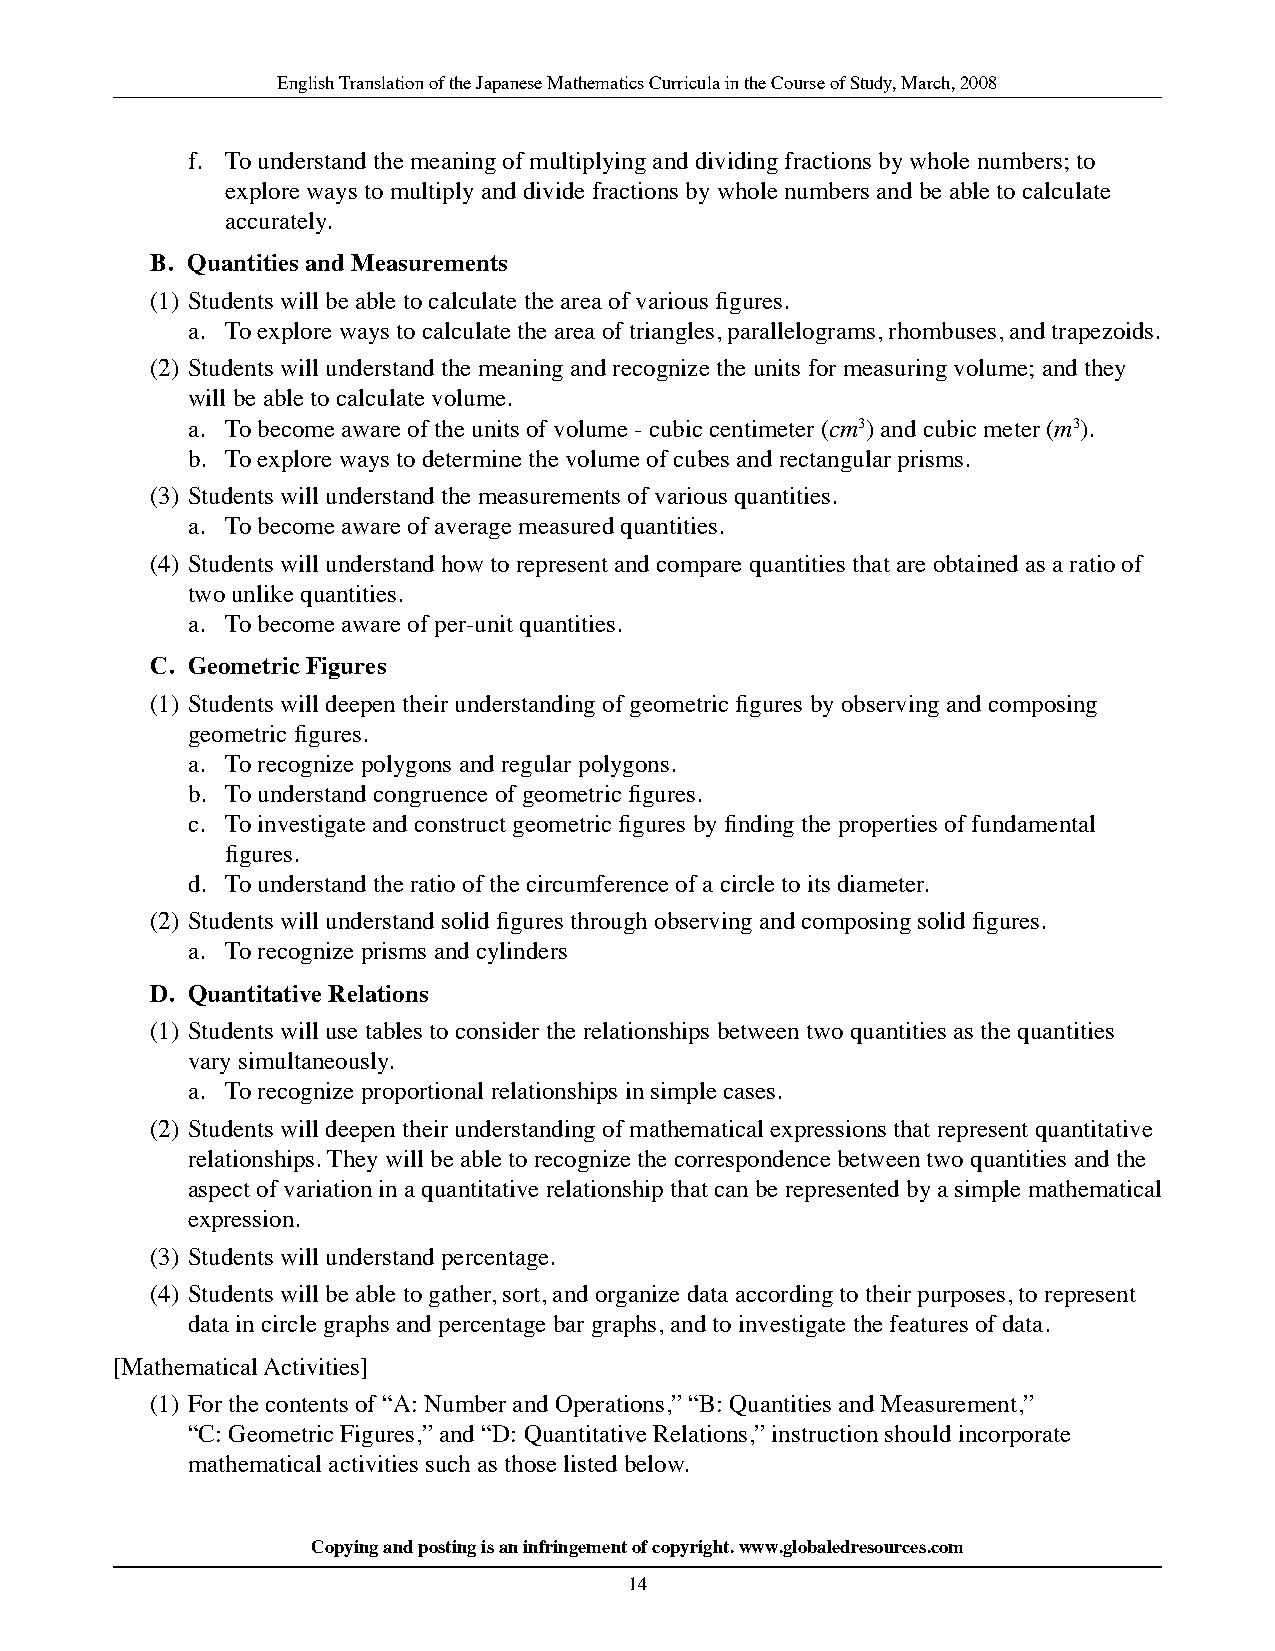
English Translation of the Japanese Mathematics Curricula in the Course of Study, March, 2008
 f. To understand the meaning of multiplying and dividing fractions by whole numbers; to
 explore ways to multiply and divide fractions by whole numbers and be able to calculate
 accurately.
 b. quantities and Measurements
 (1) Students will be able to calculate the area of various figures.
 a. To explore ways to calculate the area of triangles, parallelograms, rhombuses, and trapezoids.
 (2) Students will understand the meaning and recognize the units for measuring volume; and they
 will be able to calculate volume.
 a. To become aware of the units of volume - cubic centimeter (cm3) and cubic meter (m3).
 b. To explore ways to determine the volume of cubes and rectangular prisms.
 (3) Students will understand the measurements of various quantities.
 a. To become aware of average measured quantities.
 (4) Students will understand how to represent and compare quantities that are obtained as a ratio of
 two unlike quantities.
 a. To become aware of per-unit quantities.
 C. Geometric figures
 (1) Students will deepen their understanding of geometric figures by observing and composing
 geometric figures.
 a. To recognize polygons and regular polygons.
 b. To understand congruence of geometric figures.
 c. To investigate and construct geometric figures by finding the properties of fundamental
 figures.
 d. To understand the ratio of the circumference of a circle to its diameter.
 (2) Students will understand solid figures through observing and composing solid figures.
 a. To recognize prisms and cylinders
 d. quantitative relations
 (1) Students will use tables to consider the relationships between two quantities as the quantities
 vary simultaneously.
 a. To recognize proportional relationships in simple cases.
 (2) Students will deepen their understanding of mathematical expressions that represent quantitative
 relationships. They will be able to recognize the correspondence between two quantities and the
 aspect of variation in a quantitative relationship that can be represented by a simple mathematical
 expression.
 (3) Students will understand percentage.
 (4) Students will be able to gather, sort, and organize data according to their purposes, to represent
 data in circle graphs and percentage bar graphs, and to investigate the features of data.
 [Mathematical Activities]
 (1) For the contents of “A: Number and Operations,” “B: Quantities and Measurement,”
 “C: Geometric Figures,” and “D: Quantitative Relations,” instruction should incorporate
 mathematical activities such as those listed below.
 Copying and posting is an infringement of copyright. www.globaledresources.com
 14